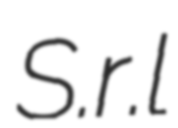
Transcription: S.r.l